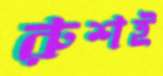
রুশই